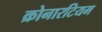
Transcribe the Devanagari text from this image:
क्रोनारटियम